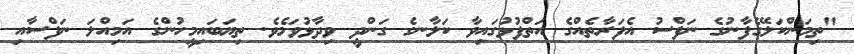
"ތިމަންކަލޭގެފާނުގެ ނަފްސު އެފަރާތެއްގެ އަތްފުޅުގައިވާ ކަލާނގެ ގަންދީ ވިދާޅުވަމެވެ. ތިޔަބައިމީހުންގެ އަމިއްލަ ނަފްސާއި